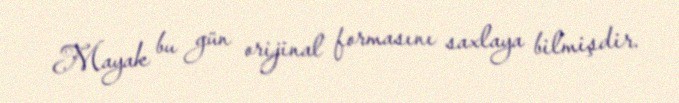
Mayak bu gün orijinal formasını saxlaya bilmişdir.